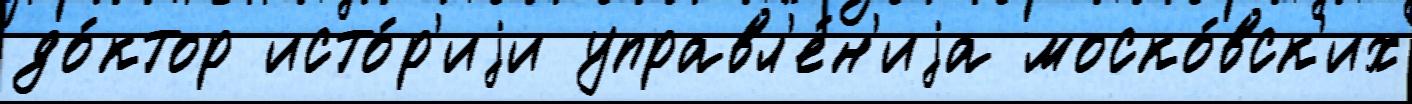
до́ктор исто́р'иjи управл'е́н'иjа моско́вск'их